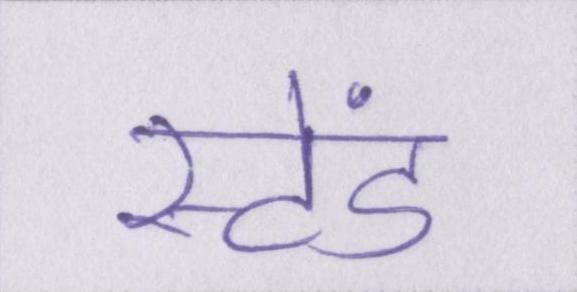
स्टेंड